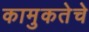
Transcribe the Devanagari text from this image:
कामुकतेचे